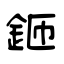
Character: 鉔